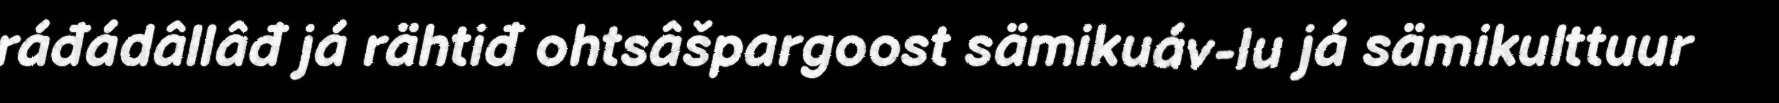
ráđádâllâđ já rähtiđ ohtsâšpargoost sämikuáv-lu já sämikulttuur